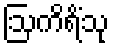
ဩကိရိံသု